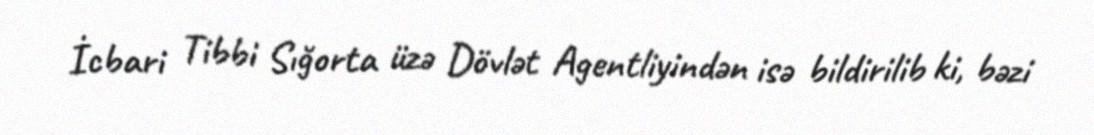
İcbari Tibbi Sığorta üzə Dövlət Agentliyindən isə bildirilib ki, bəzi